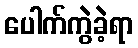
ပေါက်ကွဲခဲ့ရာ